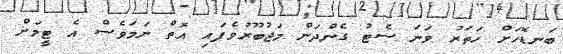
ބަނޑޮހަށް ހަތަރު ވަނަ ސެޓު ގެންދަން މަޖުބޫރުވެފައި އޮތް ނަމަވެސް އެ ޓީމަށް